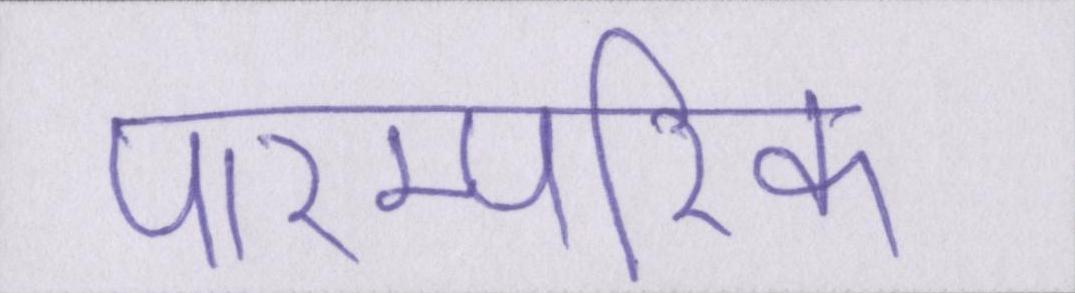
पारम्परिक